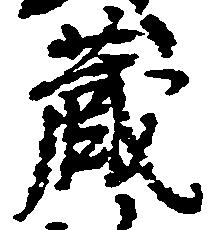
蔵